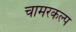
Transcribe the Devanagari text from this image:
चामरकल्प